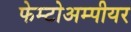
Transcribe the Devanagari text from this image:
फेम्टोअम्पीयर